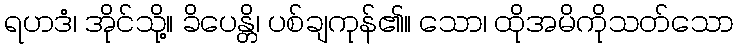
ရဟဒံ၊ အိုင်သို့။ ခိပေန္တိ၊ ပစ်ချကုန်၏။ သော၊ ထိုအမိကိုသတ်သော